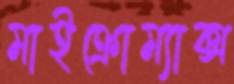
মাইক্রোম্যাক্স